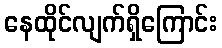
နေထိုင်လျက်ရှိကြောင်း